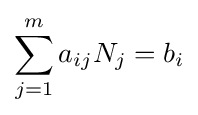
\sum _{j=1}^{m}a_{ij}N_{j}=b_{i}